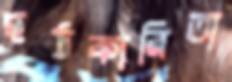
হঠকারিতা